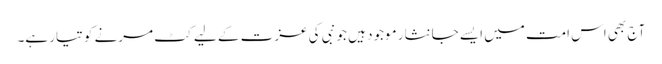
آج بھی اس امت میں ایسے جانثار موجود ہیں جو نبی کی عزت کے لیے کٹ مرنے کو تیار ہے۔